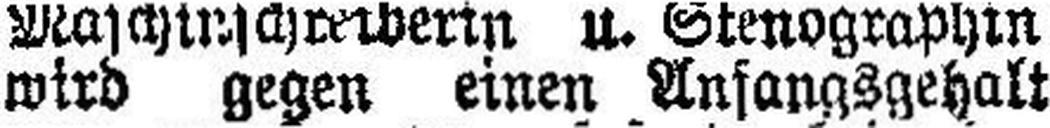
wird gegen einen Anfangsgehalt